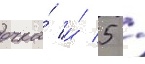
очка́ и́ 5 /